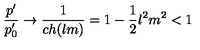
\frac { p ^ { \prime } } { p _ { 0 } ^ { \prime } } \rightarrow \frac { 1 } { c h ( l m ) } = 1 - \frac { 1 } { 2 } l ^ { 2 } m ^ { 2 } < 1